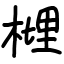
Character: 榸